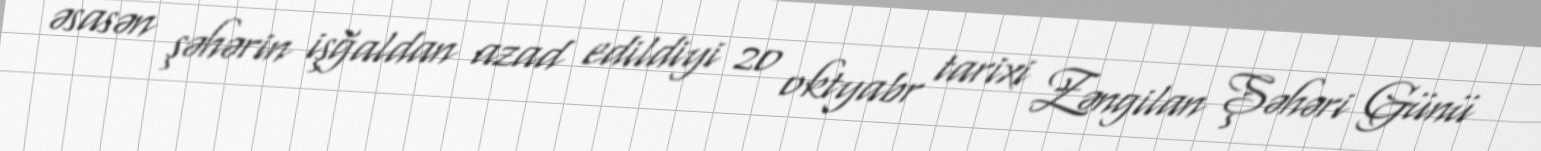
əsasən şəhərin işğaldan azad edildiyi 20 oktyabr tarixi Zəngilan Şəhəri Günü